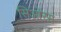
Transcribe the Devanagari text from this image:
सिओरस